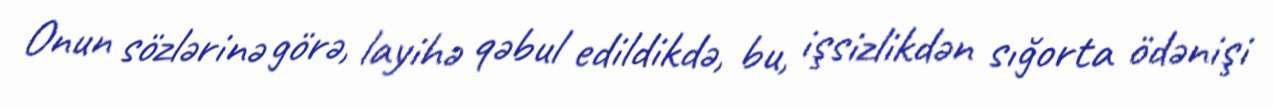
Onun sözlərinə görə, layihə qəbul edildikdə, bu, işsizlikdən sığorta ödənişi